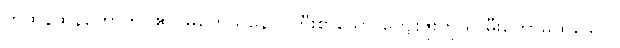
တထိန်ထိန်တောက်ပ၏။ မဟေသိနော၊ ကြီးစွာသော ကျေးဇူးကို ရှာမှီးတော်မူထသော။